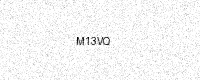
Text: M13VQ